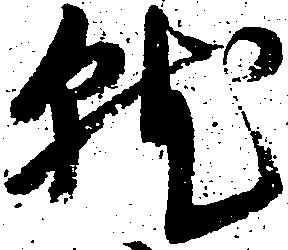
就